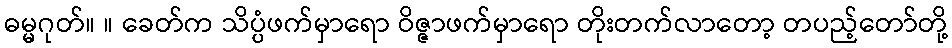
ဓမ္မဂုတ်။ ။ ခေတ်က သိပ္ပံဖက်မှာရော ဝိဇ္ဇာဖက်မှာရော တိုးတက်လာတော့ တပည့်တော်တို့